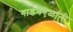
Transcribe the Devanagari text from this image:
गाडगॆऎळांनी